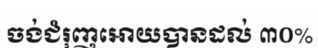
ចង់ជំរុញអោយបានដល់ ៣០%